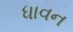
ધાવન